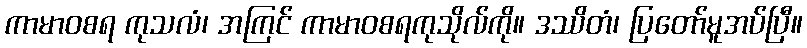
ကာမာဝစရ ကုသလံ၊ အကြင် ကာမာဝစရကုသိုလ်ကို။ ဒဿိတံ၊ ပြတော်မူအပ်ပြီ။